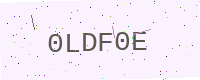
Text: 0LDF0E